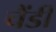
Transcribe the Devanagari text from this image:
चैंडी